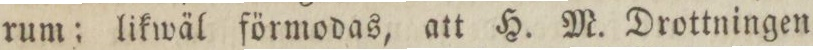
rum; likwäl förmodas, att H. M. Drottningen